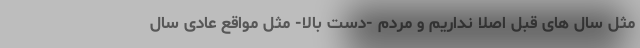
مثل سال های قبل اصلاً نداریم و مردم -دست بالا- مثل مواقع عادی سال